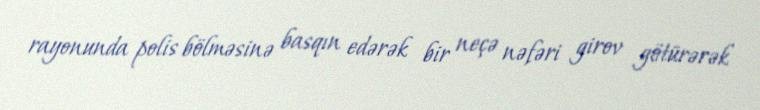
rayonunda polis bölməsinə basqın edərək bir neçə nəfəri girov götürərək